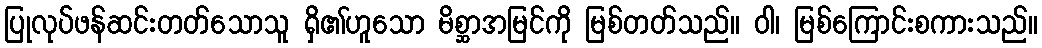
ပြုလုပ်ဖန်ဆင်းတတ်သောသူ ရှိ၏ဟူသော မိစ္ဆာအမြင်ကို မြစ်တတ်သည်။ ဝါ၊ မြစ်ကြောင်းစကားသည်။